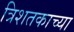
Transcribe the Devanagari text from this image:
त्रिशतकाच्या